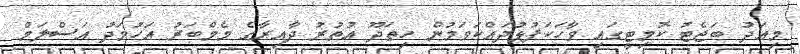
މިއަދު ބަޖެޓު ކޮމިޓީގައި ވާހަކަފުޅުދައްކަވަމުން ހިތަދޫ އުތުރު ދާއިރާގެ މެމްބަރު އަހުމަދު އަސްލަމް